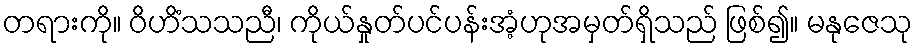
တရားကို။ ဝိဟိံသသညီ၊ ကိုယ်နှုတ်ပင်ပန်းအံ့ဟုအမှတ်ရှိသည် ဖြစ်၍။ မနုဇေသု